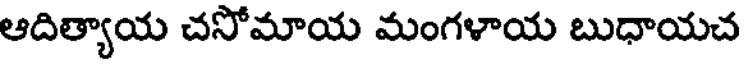
ఆదిత్యాయ చసోమాయ మంగళాయ బుధాయచ